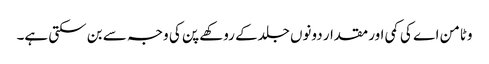
وٹامن اے کی کمی اور مقدار دونوں جلدکے روکھے پن کی وجہ سے بن سکتی ہے۔